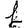
Digit: 1